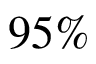
9 5 \%